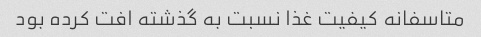
متاسفانه کیفیت غذا نسبت به گذشته افت کرده بود